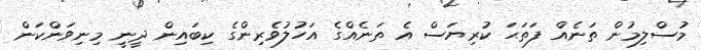
މުސްލިމުން ތަނެއް ފަތަޙަ ކުރިޔަސް އެ ތަނެއްގެ އަހުލުވެރިންގެ ކިބައިން ދީނީ މިނިވަންކަން